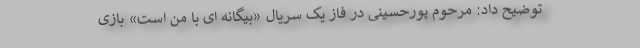
توضیح داد: مرحوم پورحسینی در فاز یک سریال «بیگانه ای با من است» بازی